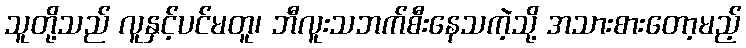
သူတို့သည် လူနှင့်ပင်မတူ၊ ဘီလူးသဘက်စီးနေသကဲ့သို့ အသားစားတော့မည့်